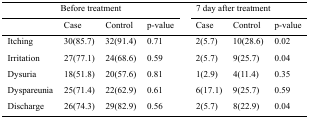
<table><thead><tr><td></td><td colspan="3"><b>Before treatment</b></td><td colspan="3"><b>7 day after treatment</b></td></tr><tr><td></td><td><b>Case</b></td><td><b>Control</b></td><td><b>p-value</b></td><td><b>Case</b></td><td><b>Control</b></td><td><b>p-value</b></td></tr></thead><tbody><tr><td>Itching</td><td>30(85.7)</td><td>32(91.4)</td><td>0.71</td><td>2(5.7)</td><td>10(28.6)</td><td>0.02</td></tr><tr><td>Irritation</td><td>27(77.1)</td><td>24(68.6)</td><td>0.59</td><td>2(5.7)</td><td>9(25.7)</td><td>0.04</td></tr><tr><td>Dysuria</td><td>18(51.8)</td><td>20(57.6)</td><td>0.81</td><td>1(2.9)</td><td>4(11.4)</td><td>0.35</td></tr><tr><td>Dyspareunia</td><td>25(71.4)</td><td>22(62.9)</td><td>0.61</td><td>6(17.1)</td><td>9(25.7)</td><td>0.59</td></tr><tr><td>Discharge</td><td>26(74.3)</td><td>29(82.9)</td><td>0.56</td><td>2(5.7)</td><td>8(22.9)</td><td>0.04</td></tr></tbody></table>